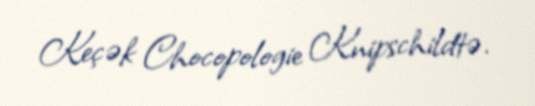
Keçək Chocopologie Knipschildtə.